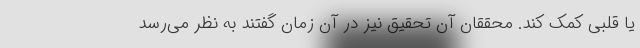
یا قلبی کمک کند. محققان آن تحقیق نیز در آن زمان گفتند به نظر می‌رسد